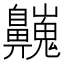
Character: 𪖾